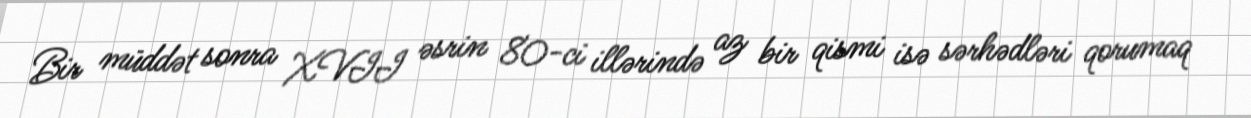
Bir müddət sonra XVII əsrin 80-ci illərində az bir qismi isə sərhədləri qorumaq